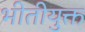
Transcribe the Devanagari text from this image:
भीतीयुक्त